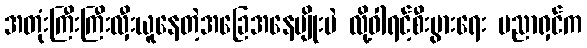
အတုံးကြီးကြီးလှီးယူနေတဲ့အခြေအနေမျိုးပဲ လို့ဝါရင့်စီးပွားရေး ပညာရှင်က